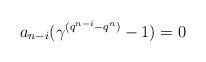
LaTeX: \begin{align*} a_{n-i}(\gamma^{(q^{n-i}-q^n)}-1)=0 \end{align*}